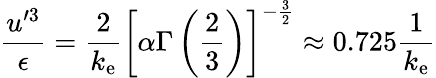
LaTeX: \frac{u^{\prime 3}}{\epsilon}=\frac{2}{k_{\mathrm{e}}}\left[\alpha\Gamma\left(\frac{2}{3}\right)\right]^{-\frac{3}{2}}\approx 0.725\frac{1}{k_{\mathrm{e}}}